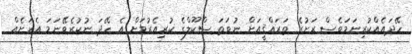
ހޭދައެއްކުރިނަމަވެސް ރަށުގެ ތަރައްޤީއަށް ނުވަތަ ސްކޫލްގެ ކުރިއެރުމަށް އެ ހޭދަ ނުކުރެވޭނަމަ އެރަށެއް